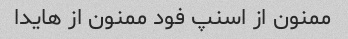
ممنون از اسنپ فود ممنون از هایدا